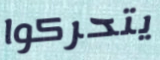
يتحركوا